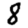
Digit: 8